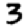
Digit: 3